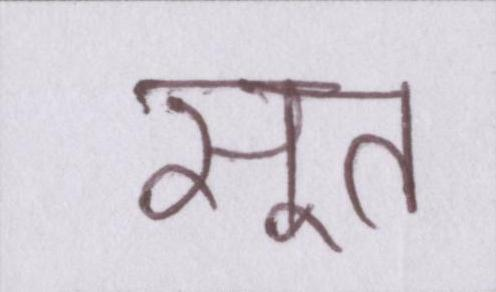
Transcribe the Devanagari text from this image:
सुत